Scottish Leaving Certificate Examination, 1961
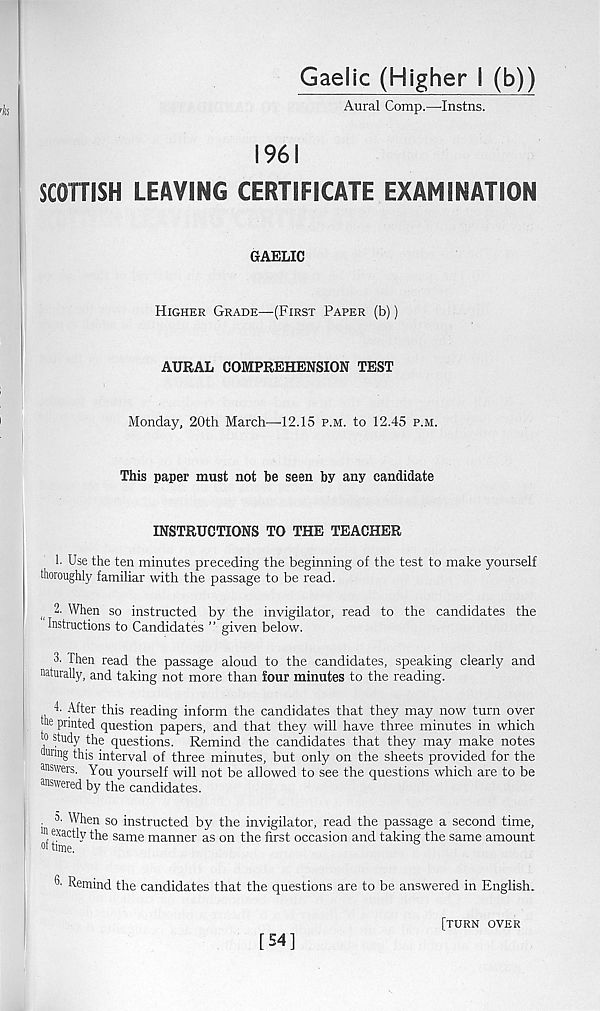
Gaelic (Higher I (b))
Aural Comp.—-Instns.
1961
SCOTTISH LEAVING CERTIFICATE EXAMINATION
GAELIC
Higher Grade—(First Paper (b))
AURAL COMPREHENSION TEST
Monday, 20th March—12.15 p.m. to 12.45 p.m.
This paper must not be seen by any candidate
INSTRUCTIONS TO THE TEACHER
1. Use the ten minutes preceding the beginning of the test to make yourself
thoroughly familiar with the passage to be read.
2. When so instructed by the invigilator, read to the candidates the
Instructions to Candidates ” given below.
3' Then read the passage aloud to the candidates, speaking clearly and
naturally, and taking not more than four minutes to the reading.
1. After this reading inform the candidates that they may now turn over
jhe printed question papers, and that they will have three minutes in which
to study the questions. Remind the candidates that they may make notes
™ nn g this interval of three minutes, but only on the sheets provided for the
answers. You yourself will not be allowed to see the questions which are to be
answered by the candidates.
■ ^ When so instructed by the invigilator, read the passage a second time,
of j" Xac^
same manner as on the first occasion and taking the same amount
3- Remind the candidates that the questions are to be answered in English.
[54]
[turn over